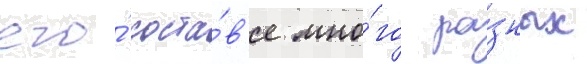
его́ соста́в'е мно́го ра́зных